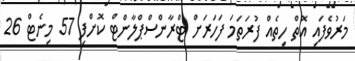
މަރުވެފައި އޮތް ހިތެއް ފުރަތަމަ ފަހަރަށް ޓްރާންސްޕްލާންޓް ކޮށްފި 57 މިނެޓް 26